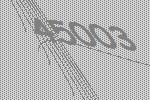
45003